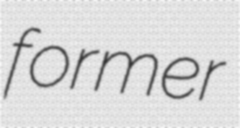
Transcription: former